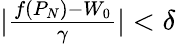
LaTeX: \begin{array}{r}{|\frac{f(P_{N})-W_{0}}{\gamma}|<\delta}\end{array}